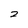
Character: 2